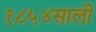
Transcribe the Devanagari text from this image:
१८५४साली